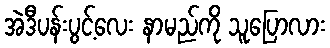
အဲဒီပန်းပွင့်လေး နာမည်ကို သူပြောလား